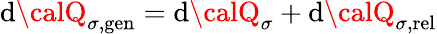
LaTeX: \mathrm{d}{\calQ}_{\sigma,\mathrm{{gen}}}=\mathrm{d}{\calQ}_{\sigma}+\mathrm{d}{\calQ}_{\sigma,\mathrm{{rel}}}